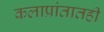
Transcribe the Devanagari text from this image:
कलाप्रांतातही